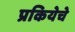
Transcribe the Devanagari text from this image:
प्रकियेचे